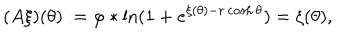
LaTeX: ( A \xi ) ( \theta ) : = \varphi \ast \ln ( 1 + e ^ { \xi ( \theta ) - r \cosh \theta } ) = \xi ( \theta ) ,